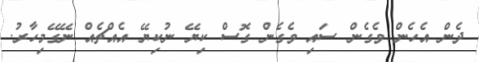
ދެން އެހެން ވެގެން ސައި ވެގެން ގޮސް ކިޔޭ ނުކިޔޭ އެއްޗެއް ނޭގޭމިހާރު.